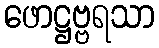
ဖောဋ္ဌဗ္ဗရသာ